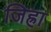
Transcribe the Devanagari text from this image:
जिह्रा